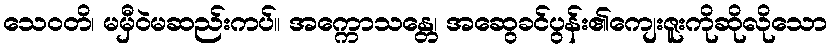
သေဝတိ၊ မမှီဝဲမဆည်းကပ်။ အက္ကောသန္တေ၊ အဆွေခင်ပွန်း၏ကျေးဇူးကိုဆိုလိုသော